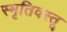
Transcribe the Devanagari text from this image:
स्मृतिवस्तू